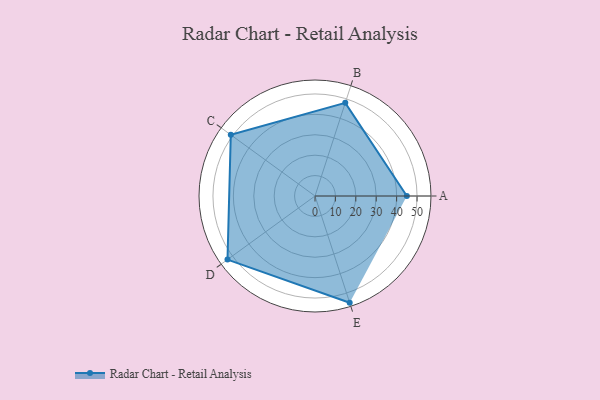
{"axis": {"x": "Skill", "y": "Score"}, "legend": ["Profile"], "data": [{"x": "A", "y": 45.0, "type": "Profile"}, {"x": "B", "y": 48.0, "type": "Profile"}, {"x": "C", "y": 51.0, "type": "Profile"}, {"x": "D", "y": 53.0, "type": "Profile"}, {"x": "E", "y": 55.0, "type": "Profile"}]}